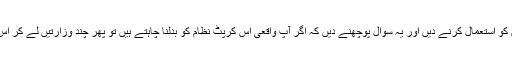
براہ کرم ہمیں بھی اپنے آئینی و صحافتی حق کو استعمال کرنے دیں اور یہ سوال پوچھنے دیں کہ اگر آپ واقعی اس کرپٹ نظام کو بدلنا چاہتے ہیں تو پھر چند وزارتیں لے کر اس کرپٹ نظام کا حصہ کیوں بنے بیٹھے ہیں؟